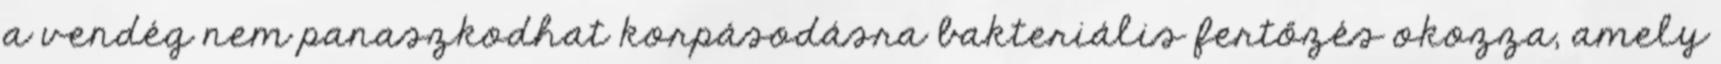
a vendég nem panaszkodhat korpásodásra bakteriális fertőzés okozza, amely